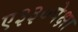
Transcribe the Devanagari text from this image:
ए३३०पेक्षा